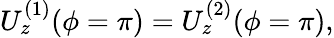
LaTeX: U_{z}^{(1)}(\phi=\pi)=U_{z}^{(2)}(\phi=\pi),